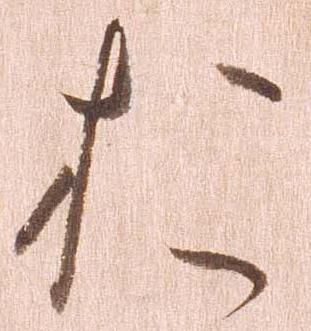
お